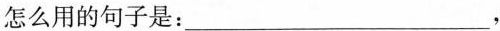
怎么用的句子是：___，